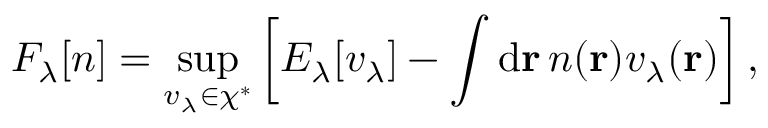
F _ { \lambda } \ensuremath { [ n ] } = \operatorname* { s u p } _ { v _ { \lambda } \in \chi ^ { \ast } } \left[ E _ { \lambda } [ v _ { \lambda } ] - \int \mathrm { d } \mathbf { r } \, n ( \mathbf { r } ) v _ { \lambda } ( \mathbf { r } ) \right] ,